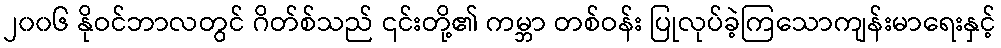
၂၀၀၆ နိုဝင်ဘာလတွင် ဂိတ်စ်သည် ၎င်းတို့၏ ကမ္ဘာ တစ်ဝန်း ပြုလုပ်ခဲ့ကြသောကျန်းမာရေးနှင့်